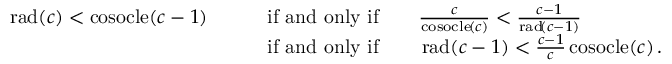
\begin{array} { r l } { \operatorname { r a d } \! \left( c \right) < \operatorname { c o s o c l e } \! \left( c - 1 \right) \qquad } & { \mathrm { i f ~ a n d ~ o n l y ~ i f } \qquad \frac { c } { \operatorname { c o s o c l e } \! \left( c \right) } < \frac { c - 1 } { \operatorname { r a d } \! \left( c - 1 \right) } } \\ & { \mathrm { i f ~ a n d ~ o n l y ~ i f } \qquad \operatorname { r a d } \! \left( c - 1 \right) < \frac { c - 1 } { c } \operatorname { c o s o c l e } \! \left( c \right) . } \end{array}